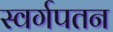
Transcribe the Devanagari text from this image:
स्वर्गपतन